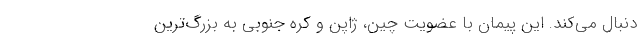
دنبال می‌کند. این پیمان با عضویت چین، ژاپن و کره جنوبی به بزرگ‌ترین